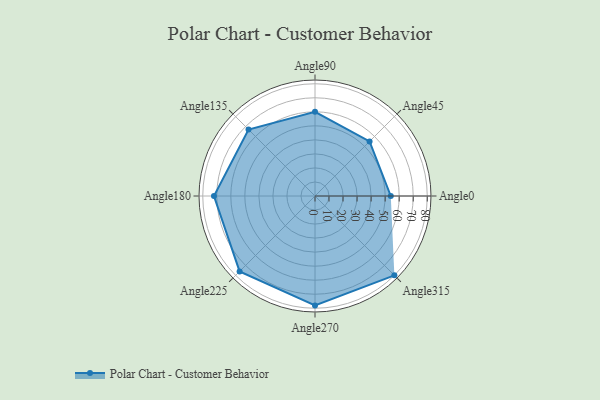
{"axis": {"x": "Angle", "y": "Radius"}, "legend": [""], "data": [{"x": "Angle0", "y": 54.0, "type": ""}, {"x": "Angle45", "y": 55.0, "type": ""}, {"x": "Angle90", "y": 60.0, "type": ""}, {"x": "Angle135", "y": 67.0, "type": ""}, {"x": "Angle180", "y": 72.0, "type": ""}, {"x": "Angle225", "y": 76.0, "type": ""}, {"x": "Angle270", "y": 78.0, "type": ""}, {"x": "Angle315", "y": 80.0, "type": ""}]}